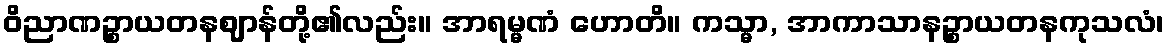
ဝိညာဏဉ္စာယတနဈာန်တို့၏လည်း။ အာရမ္မဏံ ဟောတိ။ ကသ္မာ, အာကာသာနဉ္စာယတနကုသလံ၊